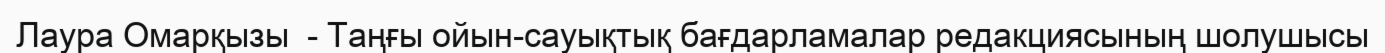
Лаура Омарқызы  - Таңғы ойын-сауықтық бағдарламалар редакциясының шолушысы